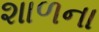
શાળના